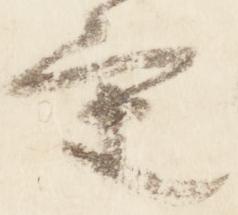
重